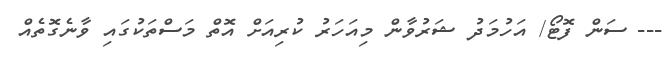
--- ސަން ފޮޓޯ/ އަހުމަދު ޝަރުވާން މިއަހަރު ކުރިއަށް އޮތް މަސްތަކުގައި ވާނެގޮތެއް